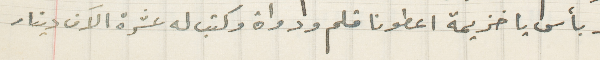
لا بأس يا خزيمة اعطونا قلم ودواة وكتب له عشرة الاَف دينار